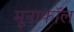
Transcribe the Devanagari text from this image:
मूनाफॉल